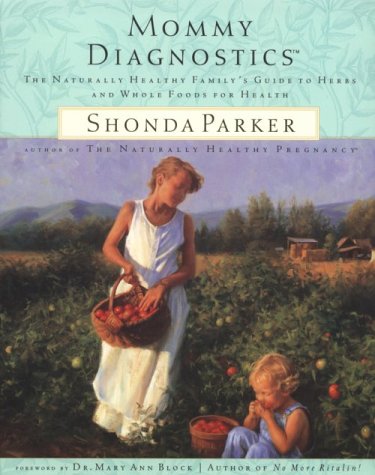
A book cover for Mommy Diagnostics: The Naturally Healthy Family's Guide to Herbs and Whole Foods for Health; Shonda Parker; Cookbooks, Food & Wine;